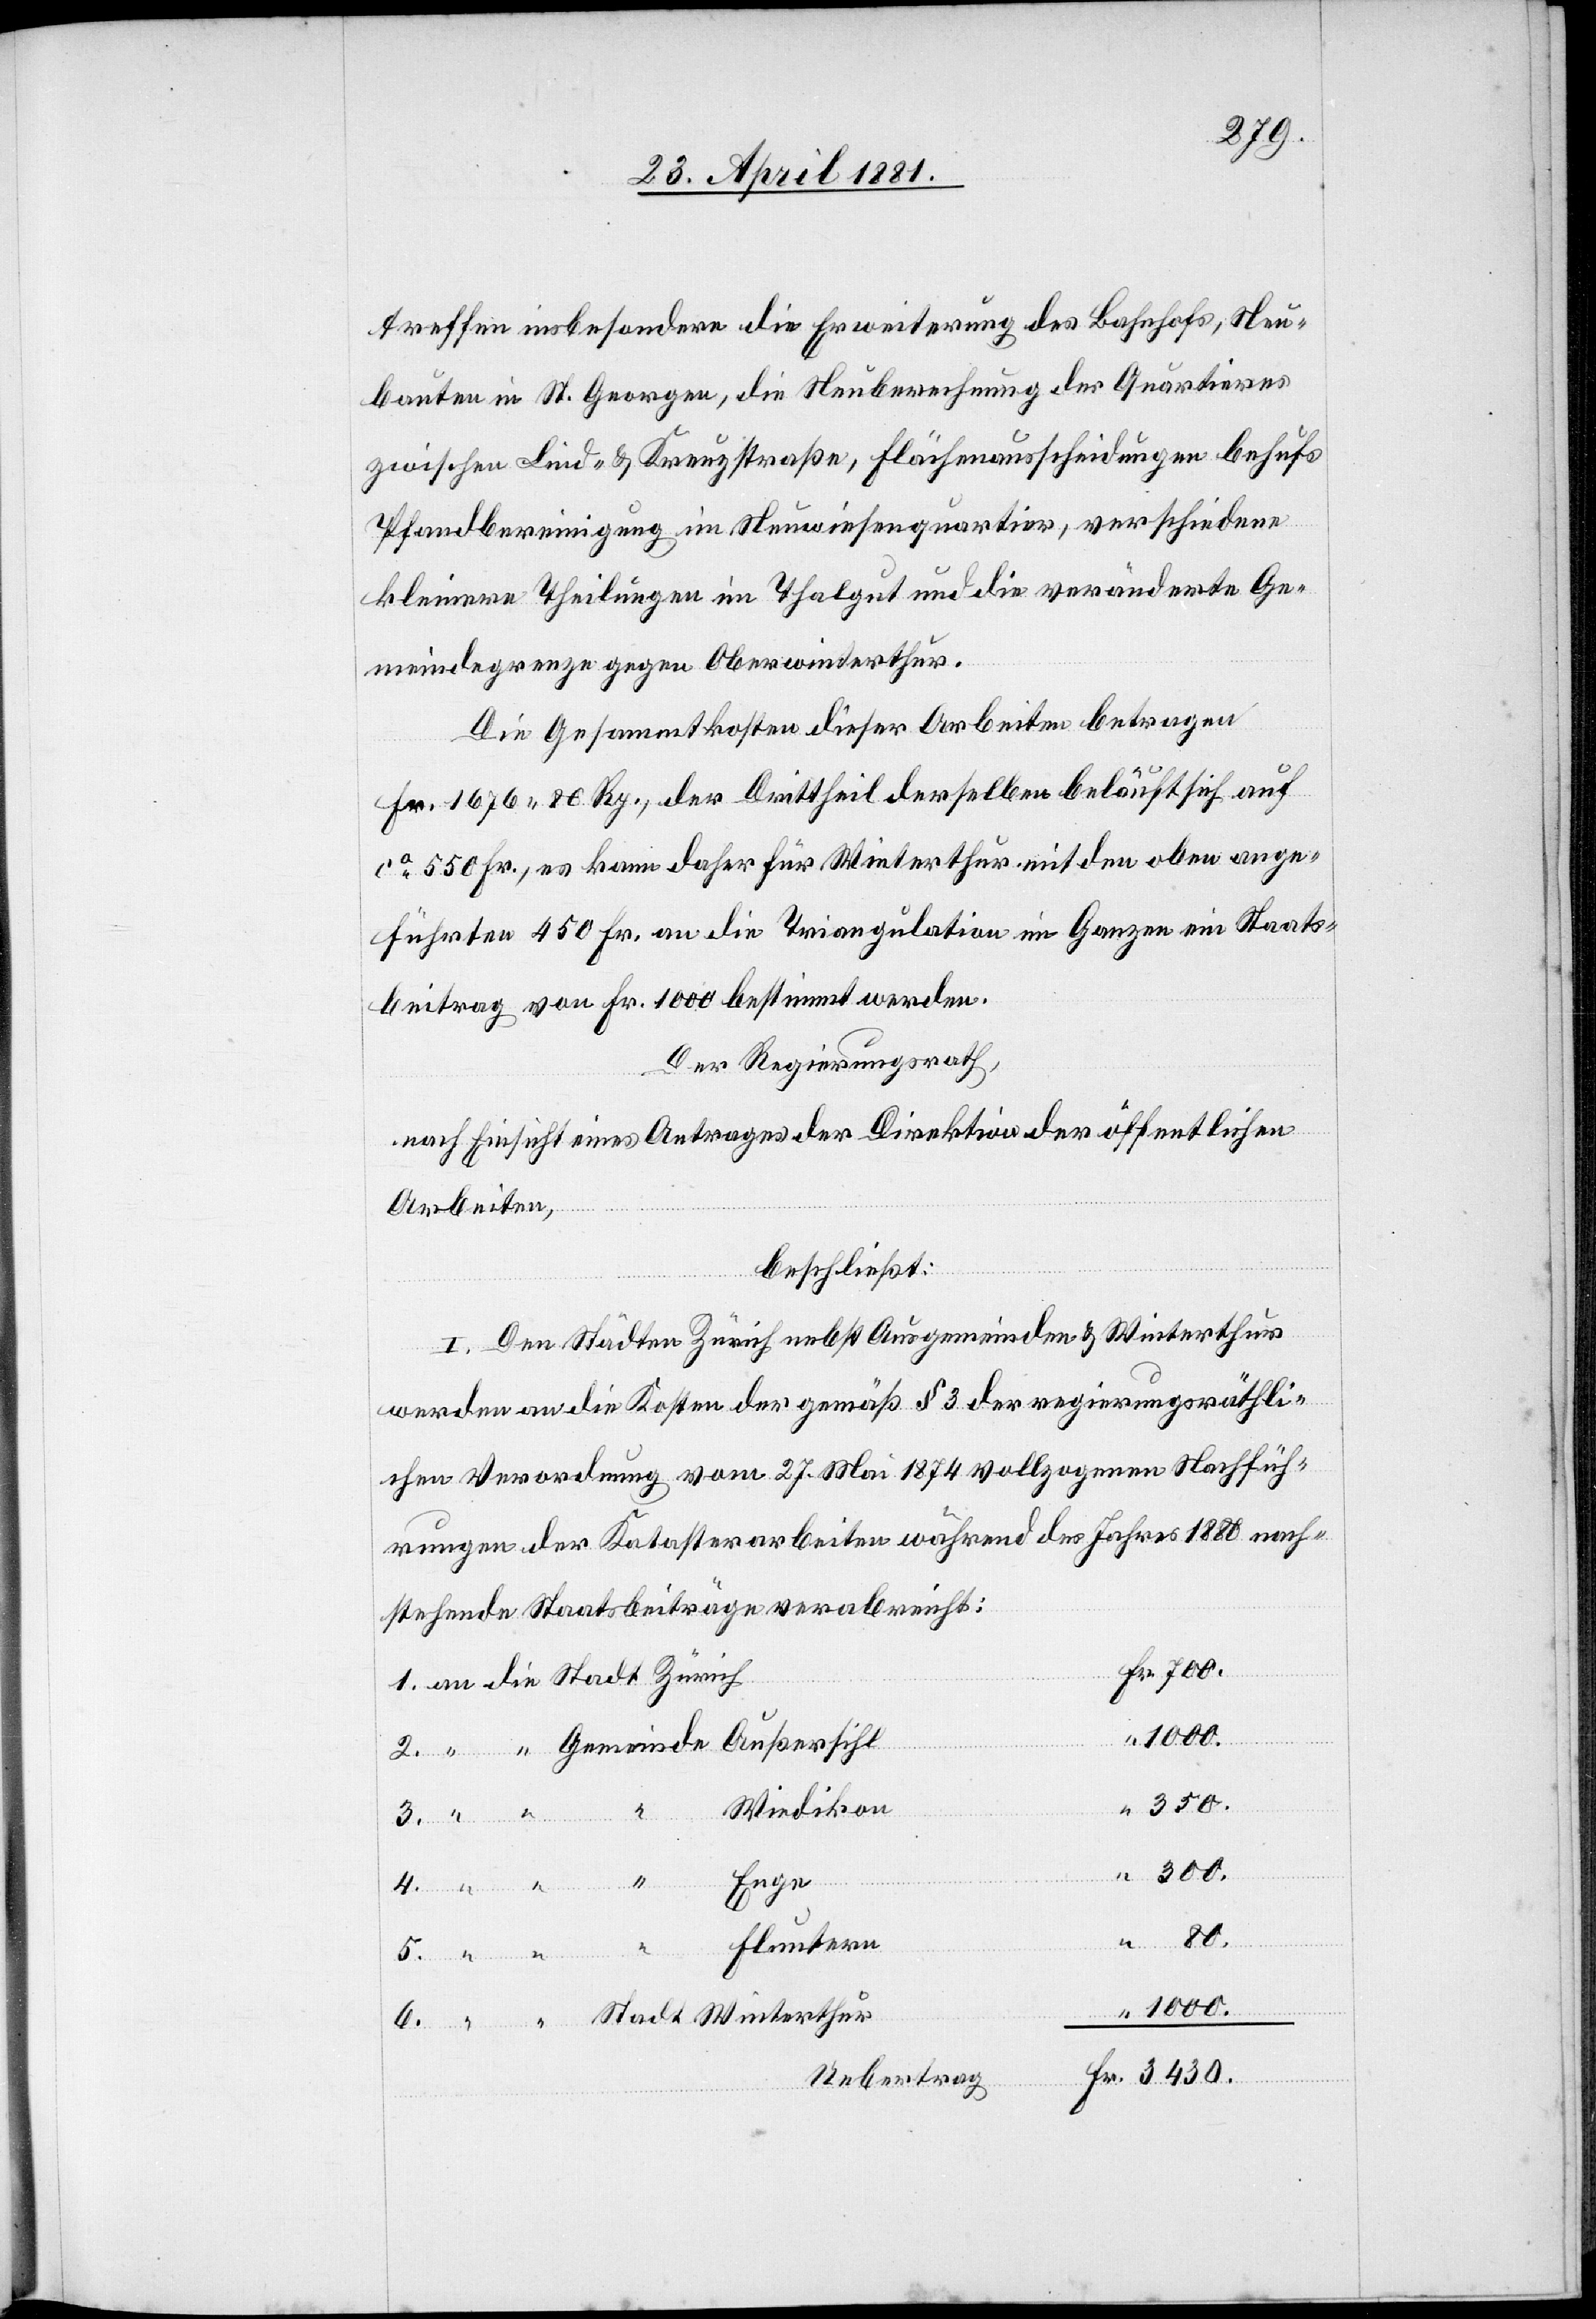
treffen insbesondere die Erweiterung des Bahnhofs, Neu¬
bauten in St. Georgen, die Neuberechnung der Quartiers
zwischen Lind- & Kreuzstraße, Flächenausscheidungen behufs
Pfandbereinigung im Neuwiesenquartier, verschiedene
kleinere Theilungen im Thalgut und die veränderte Ge¬
meindegrenze gegen Oberwinterthur.
Die Gesammtkosten dieser Arbeiten betragen
Fr. 1676 80 Rp., der Drittheil derselben belauft sich auf
ca 550 Fr., es kann daher für Winterthur mit den oben ange¬
führten 450 Fr. an die Triangulation im Ganzen ein Staats¬
beitrag von Fr. 1000 bestimmt werden.
Der Regierungsrath,
nach Einsicht eines Antrages der Direktion öffentlichen
Arbeiten,
beschließt:
I. Den Städten Zürich nebst Ausgemeinden & Winterthur
werden an die Kosten der gemäß § 3 der regierungsräthli¬
chen Verordnung vom 27. Mai 1874 vollzogenen Nachfüh¬
rungen der Katasterarbeiten während des Jahres 1880 nach¬
stehende Staatsbeiträge verabreicht:
1000.
6.
Wiedikon
80.
Fluntern
Gemeinde